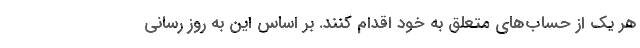
هر یک از حساب‌های متعلق به خود اقدام کنند. بر اساس این به روز رسانی